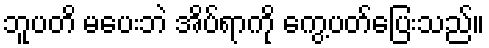
ဘူပတိ မပေးဘဲ အိပ်ရာကို ကွေ့ပတ်ပြေးသည်။